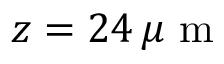
z = 2 4 \, \mu \mathrm { ~ m ~ }